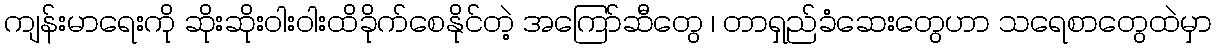
ကျန်းမာရေးကို ဆိုးဆိုးဝါးဝါးထိခိုက်စေနိုင်တဲ့ အကြော်ဆီတွေ ၊ တာရှည်ခံဆေးတွေဟာ သရေစာတွေထဲမှာ